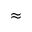
\approx